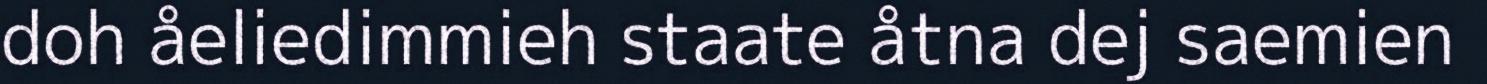
doh åeliedimmieh staate åtna dej saemien